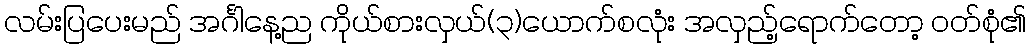
လမ်းပြပေးမည် အင်္ဂါနေ့ည ကိုယ်စားလှယ်(၃)ယောက်စလုံး အလှည့်ရောက်တော့ ဝတ်စုံ၏